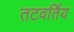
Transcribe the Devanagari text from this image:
तटवर्तिय